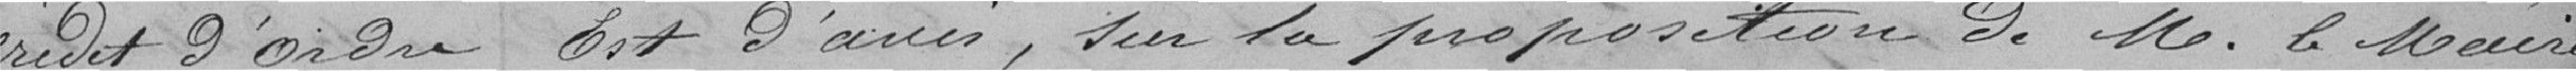
crédit d'ordre  est d'avis, sur la proposition de M. le Maire